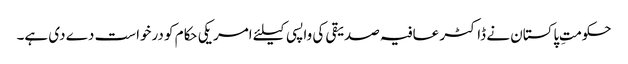
حکومتِ پاکستان نے ڈاکٹر عافیہ صدیقی کی واپسی کیلئے امریکی حکام کو درخواست دے دی ہے۔